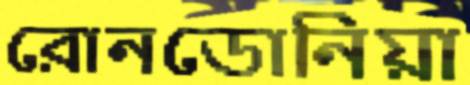
রোনডোনিয়া